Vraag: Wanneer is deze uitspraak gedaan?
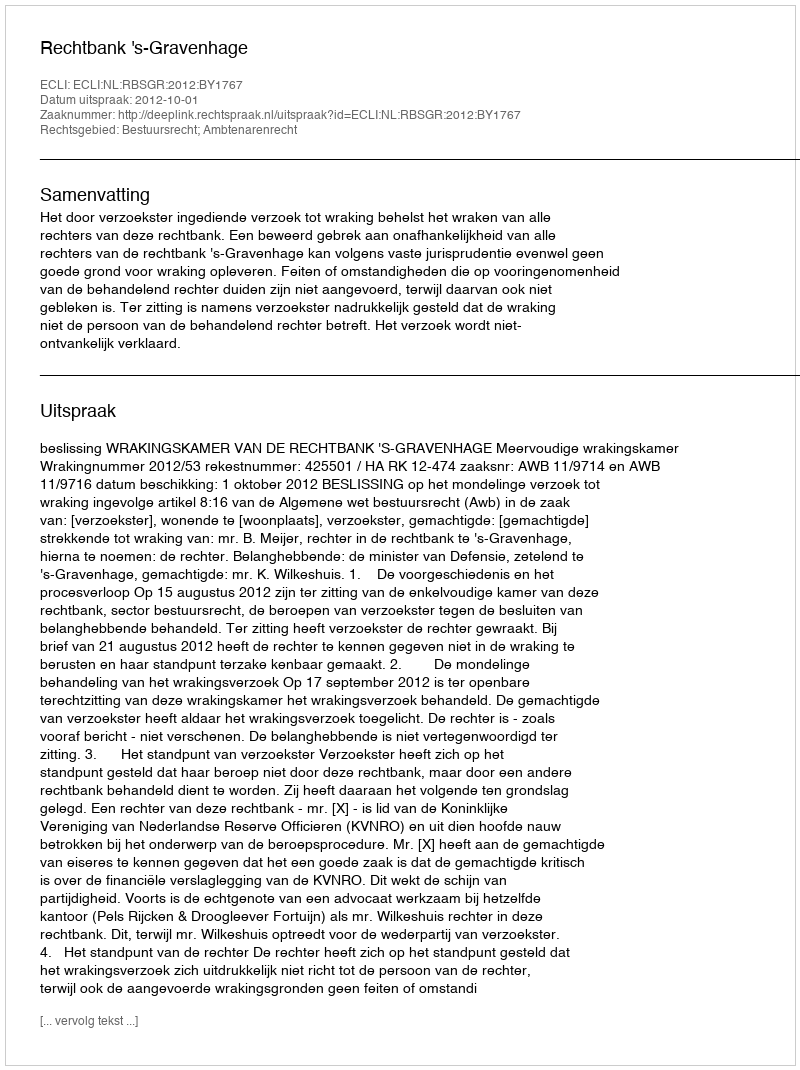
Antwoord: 2012-10-01